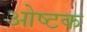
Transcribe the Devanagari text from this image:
ओष्टक